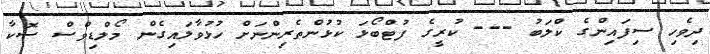
ދިވެހި ސިފައިންގެ ކްލަބު --- ކުރީގެ ފުޓްބޯޅަ ކުޅުންތެރިންނަށް ހުޅުވާލައިގެން މޯލްޑިވްސް ސޮކާ